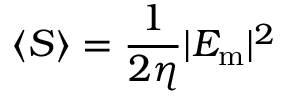
\langle S \rangle = { \frac { 1 } { 2 \eta } } | E _ { \mathrm { m } } | ^ { 2 }